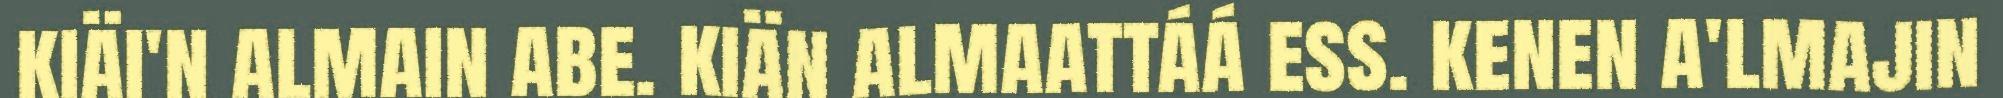
kiäi'n almain abe. kiän almaattáá ess. kenen a'lmajin